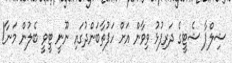
ޝިލްޕާ ޝެޓީގެ ދަރިފުޅު ވިވާން އަށް ހަފުތާބަންދުގައި ނޫނީ ޓީވީ ބެލުން މަނާ!